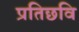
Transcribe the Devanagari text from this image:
प्रतिछवि